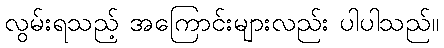
လွမ်းရသည့် အကြောင်းများလည်း ပါပါသည်။